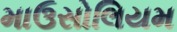
માઉસોલિયમ